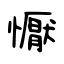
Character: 懨